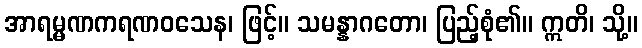
အာရမ္မဏကရဏဝသေန၊ ဖြင့်။ သမန္နာဂတော၊ ပြည့်စုံ၏။ ဣတိ၊ သို့။